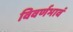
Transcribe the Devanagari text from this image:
विवर्णभावं